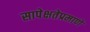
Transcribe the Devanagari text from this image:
सापेक्षतेप्रमाणे